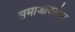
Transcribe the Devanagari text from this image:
समाजाबरोबर